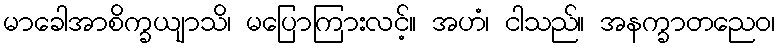
မာခေါအာစိက္ခယျာသိ၊ မပြောကြားလင့်။ အဟံ၊ ငါသည်။ အနက္ခာတညေဝ၊